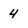
Character: 4